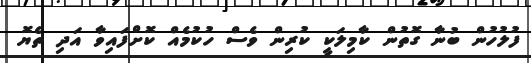
ފުލުހުން ބުނާ ގޮތުން ކާމިލަކީ ކުރިން ވެސް ހުކުމެއް ކޮށްފައިވާ އަދި ތެޔޮ